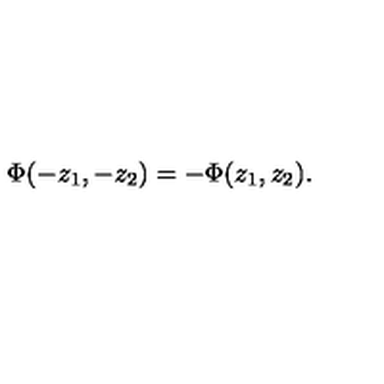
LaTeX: \Phi ( - z _ { 1 } , - z _ { 2 } ) = - \Phi ( z _ { 1 } , z _ { 2 } ) .